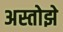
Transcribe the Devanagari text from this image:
अस्तोझे